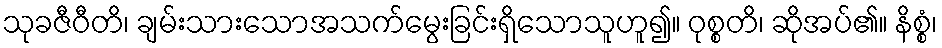
သုခဇီဝီတိ၊ ချမ်းသားသောအသက်မွေးခြင်းရှိသောသူဟူ၍။ ဝုစ္စတိ၊ ဆိုအပ်၏။ နိစ္စံ၊